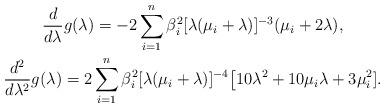
LaTeX: \begin{gather*}\frac{d}{d \lambda} g(\lambda) = - 2 \sum_{i=1}^n \beta_i^2 [\lambda (\mu_i + \lambda)]^{-3} (\mu_i + 2\lambda), \\\frac{d^2}{d \lambda^2} g(\lambda) = 2 \sum_{i=1}^n \beta_i^2 [\lambda (\mu_i + \lambda)]^{-4} \bigl[10 \lambda^2 + 10 \mu_i \lambda + 3 \mu_i^2].\end{gather*}